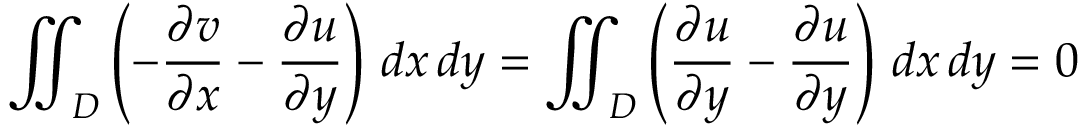
\iint _ { D } \left( - { \frac { \partial v } { \partial x } } - { \frac { \partial u } { \partial y } } \right) \, d x \, d y = \iint _ { D } \left( { \frac { \partial u } { \partial y } } - { \frac { \partial u } { \partial y } } \right) \, d x \, d y = 0